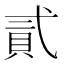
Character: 貳